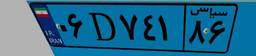
۰۶D۷۴۱۸۶